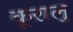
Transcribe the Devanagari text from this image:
कूरालु